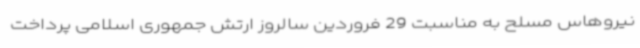
نیروهاس مسلح به مناسبت 29 فروردین سالروز ارتش جمهوری اسلامی پرداخت